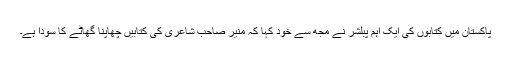
پاکستان میں کتابوں کی ایک اہم پبلشر نے مجھ سے خود کہا کہ منیر ؔصاحب شاعری کی کتابیں چھاپنا گھاٹے کا سودا ہے۔